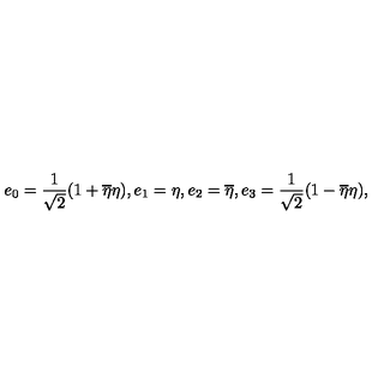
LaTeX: e _ { 0 } = { \frac { 1 } { \sqrt { 2 } } } ( 1 + { \overline { { \eta } } } \eta ) , e _ { 1 } = \eta , e _ { 2 } = \overline { { \eta } } , e _ { 3 } = { \frac { 1 } { \sqrt { 2 } } } ( 1 - { \overline { { \eta } } } \eta ) ,